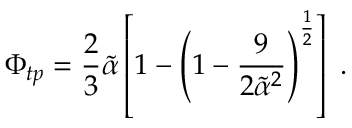
\Phi _ { t p } = \frac { 2 } { 3 } \tilde { \alpha } \left[ 1 - \left( 1 - \frac { 9 } { 2 \tilde { \alpha } ^ { 2 } } \right) ^ { \frac { 1 } { 2 } } \right] \; .